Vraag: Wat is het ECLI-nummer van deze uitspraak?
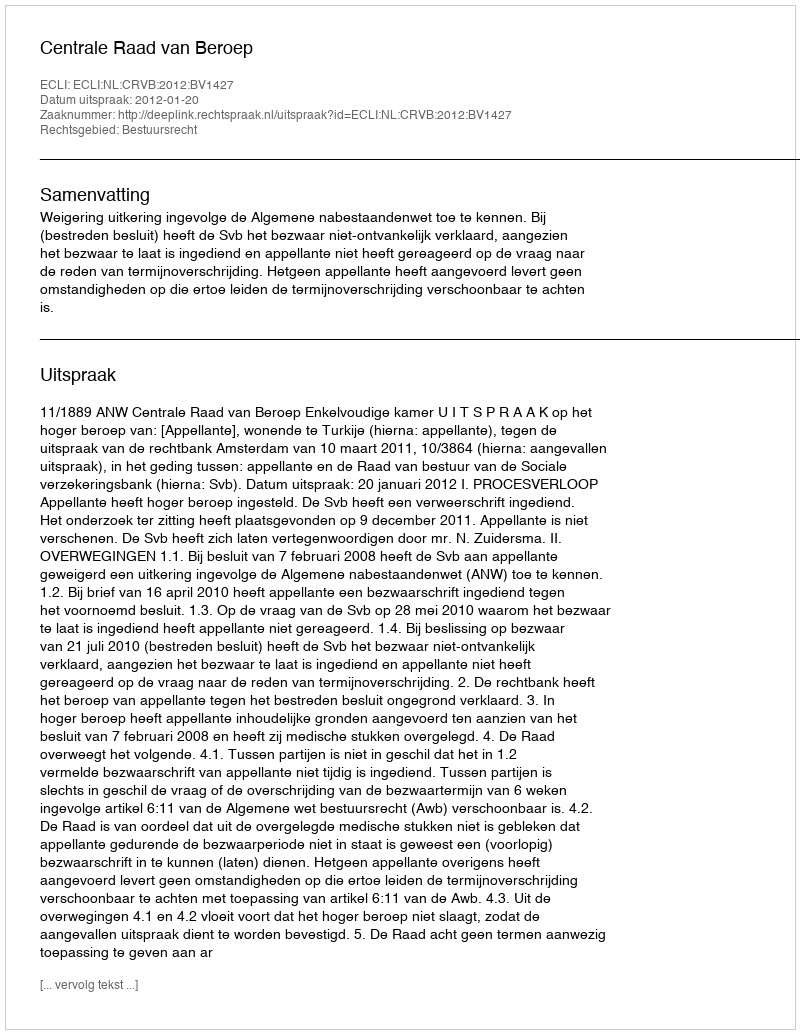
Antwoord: ECLI:NL:CRVB:2012:BV1427